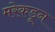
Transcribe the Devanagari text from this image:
मरेकडून